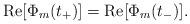
LaTeX: \begin{align*}{\rm Re}[\Phi_{m}(t_{+})]={\rm Re}[\Phi_{m}(t_{-})] .\end{align*}